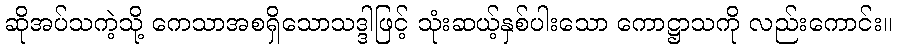
ဆိုအပ်သကဲ့သို့ ကေသာအစရှိသောသဒ္ဒါဖြင့် သုံးဆယ့်နှစ်ပါးသော ကောဋ္ဌာသကို လည်းကောင်း။